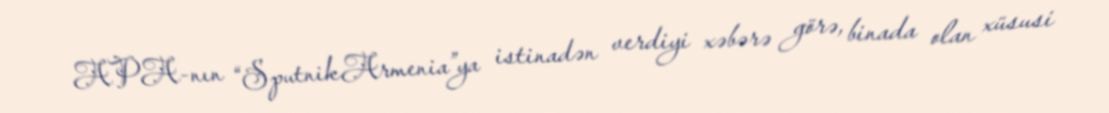
APA-nın “SputnikArmenia”ya istinadən verdiyi xəbərə görə, binada olan xüsusi